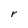
Character: r